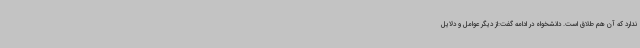
ندارد که آن هم طلاق است. دانشخواه در ادامه گفت:از دیگر عوامل و دلایل